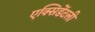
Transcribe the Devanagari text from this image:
एक्सिडेंटली